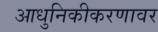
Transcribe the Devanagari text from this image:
आधुनिकीकरणावर